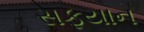
સફયાન